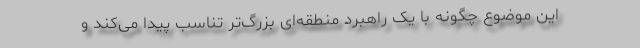
این موضوع چگونه با یک راهبرد منطقه‌ای بزرگ‌تر تناسب پیدا می‌کند و